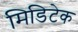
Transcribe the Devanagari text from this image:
मिडिटेक